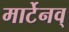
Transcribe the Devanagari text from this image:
मार्टेनव्